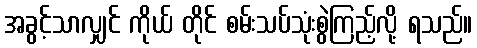
အခွင့်သာလျှင် ကိုယ် တိုင် စမ်းသပ်သုံးစွဲကြည့်လို့ ရသည်။